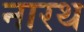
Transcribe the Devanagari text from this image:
नारथ